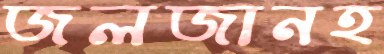
জলজানহ